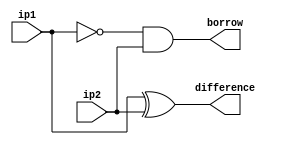
`timescale 1ns / 1ps
//////////////////////////////////////////////////////////////////////////////////

// ID     : N180116
//Branch  : ECE
//Project : RTL design using Verilog
//Design  : Half Subtractor using Gate Level Model
//Module  : Main Design Module
//RGUKT NUZVID 
//////////////////////////////////////////////////////////////////////////////////


module HS_GL(ip1,ip2,borrow,difference);
input ip1,ip2;
output borrow,difference;

wire ip;
not n1(ip,ip1);
and a1(borrow,ip,ip2);
xor x1(difference,ip1,ip2);
endmodule